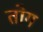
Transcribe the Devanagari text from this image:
तोग